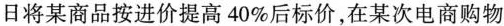
日将某商品按进价提高40%后标价，在某次电商购物